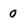
Character: 0